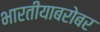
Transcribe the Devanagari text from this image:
भारतीयाबरोबर